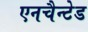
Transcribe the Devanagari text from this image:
एनचैन्टेड